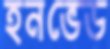
হনভেড